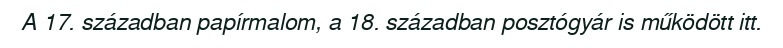
A 17. században papírmalom, a 18. században posztógyár is működött itt.